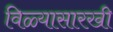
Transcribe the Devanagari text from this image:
विळ्यासारखी